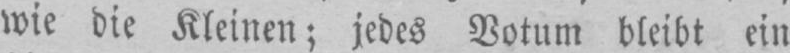
wie die Kleinen; jedes Votum bleibt ein